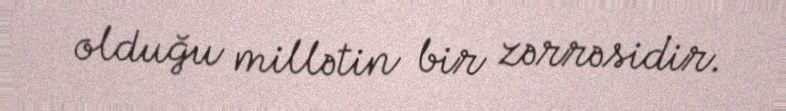
olduğu millətin bir zərrəsidir.